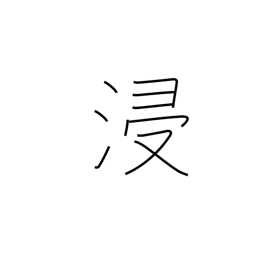
Meaning: soak